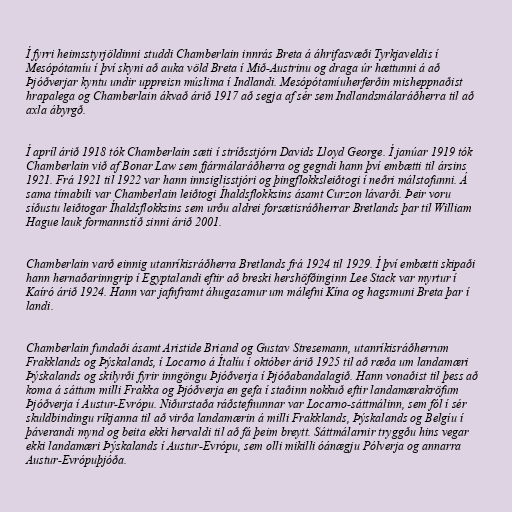
Í fyrri heimsstyrjöldinni studdi Chamberlain innrás Breta á áhrifasvæði Tyrkjaveldis í
Mesópótamíu í því skyni að auka völd Breta í Mið-Austrinu og draga úr hættunni á að
Þjóðverjar kyntu undir uppreisn múslima í Indlandi. Mesópótamíuherferðin misheppnaðist
hrapalega og Chamberlain ákvað árið 1917 að segja af sér sem Indlandsmálaráðherra til að
axla ábyrgð.

Í apríl árið 1918 tók Chamberlain sæti í stríðsstjórn Davids Lloyd George. Í janúar 1919 tók
Chamberlain við af Bonar Law sem fjármálaráðherra og gegndi hann því embætti til ársins
1921. Frá 1921 til 1922 var hann innsiglisstjóri og þingflokksleiðtogi í neðri málstofunni. Á
sama tímabili var Chamberlain leiðtogi Íhaldsflokksins ásamt Curzon lávarði. Þeir voru
síðustu leiðtogar Íhaldsflokksins sem urðu aldrei forsætisráðherrar Bretlands þar til William
Hague lauk formannstíð sinni árið 2001.

Chamberlain varð einnig utanríkisráðherra Bretlands frá 1924 til 1929. Í því embætti skipaði
hann hernaðarinngrip í Egyptalandi eftir að breski hershöfðinginn Lee Stack var myrtur í
Kaíró árið 1924. Hann var jafnframt áhugasamur um málefni Kína og hagsmuni Breta þar í
landi.

Chamberlain fundaði ásamt Aristide Briand og Gustav Stresemann, utanríkisráðherrum
Frakklands og Þýskalands, í Locarno á Ítalíu í október árið 1925 til að ræða um landamæri
Þýskalands og skilyrði fyrir inngöngu Þjóðverja í Þjóðabandalagið. Hann vonaðist til þess að
koma á sáttum milli Frakka og Þjóðverja en gefa í staðinn nokkuð eftir landamærakröfum
Þjóðverja í Austur-Evrópu. Niðurstaða ráðstefnunnar var Locarno-sáttmálinn, sem fól í sér
skuldbindingu ríkjanna til að virða landamærin á milli Frakklands, Þýskalands og Belgíu í
þáverandi mynd og beita ekki hervaldi til að fá þeim breytt. Sáttmálarnir tryggðu hins vegar
ekki landamæri Þýskalands í Austur-Evrópu, sem olli mikilli óánægju Pólverja og annarra
Austur-Evrópuþjóða.